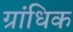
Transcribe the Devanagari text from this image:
ग्रांधिक